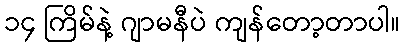
၁၄ ကြိမ်နဲ့ ဂျာမနီပဲ ကျန်တော့တာပါ။